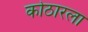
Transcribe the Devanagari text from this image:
कोठारला